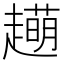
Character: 𧾆